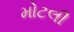
મોટલી